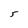
Character: 5